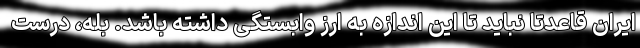
ایران قاعدتا نباید تا این اندازه به ارز وابستگی داشته باشد. بله، درست